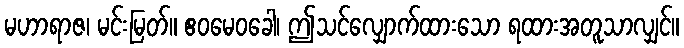
မဟာရာဇ၊ မင်းမြတ်။ ဧဝမေဝခေါ၊ ဤသင်လျှောက်ထားသော ရထားအတူသာလျှင်။